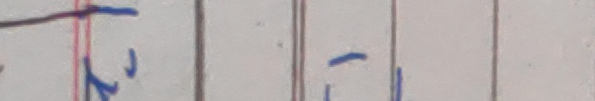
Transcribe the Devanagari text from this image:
१